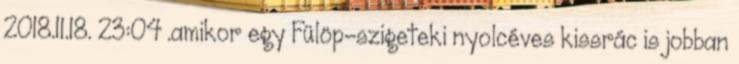
2018.11.18. 23:04 .amikor egy Fülöp-szigeteki nyolcéves kissrác is jobban